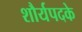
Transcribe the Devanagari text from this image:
शौर्यपदके